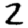
Digit: 2